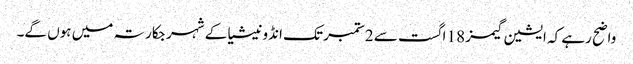
واضح رہے کہ ایشین گیمز 18 اگست سے 2ستمبر تک انڈونیشیا کے شہر جکارتہ میں ہوں گے۔